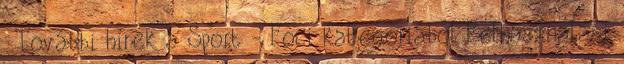
. További hírek a Sport - Foci kategóriából Felhasználási